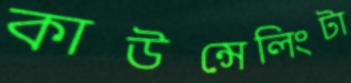
কাউন্সেলিংটা